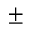
\pm